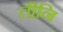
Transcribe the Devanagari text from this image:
तीनि